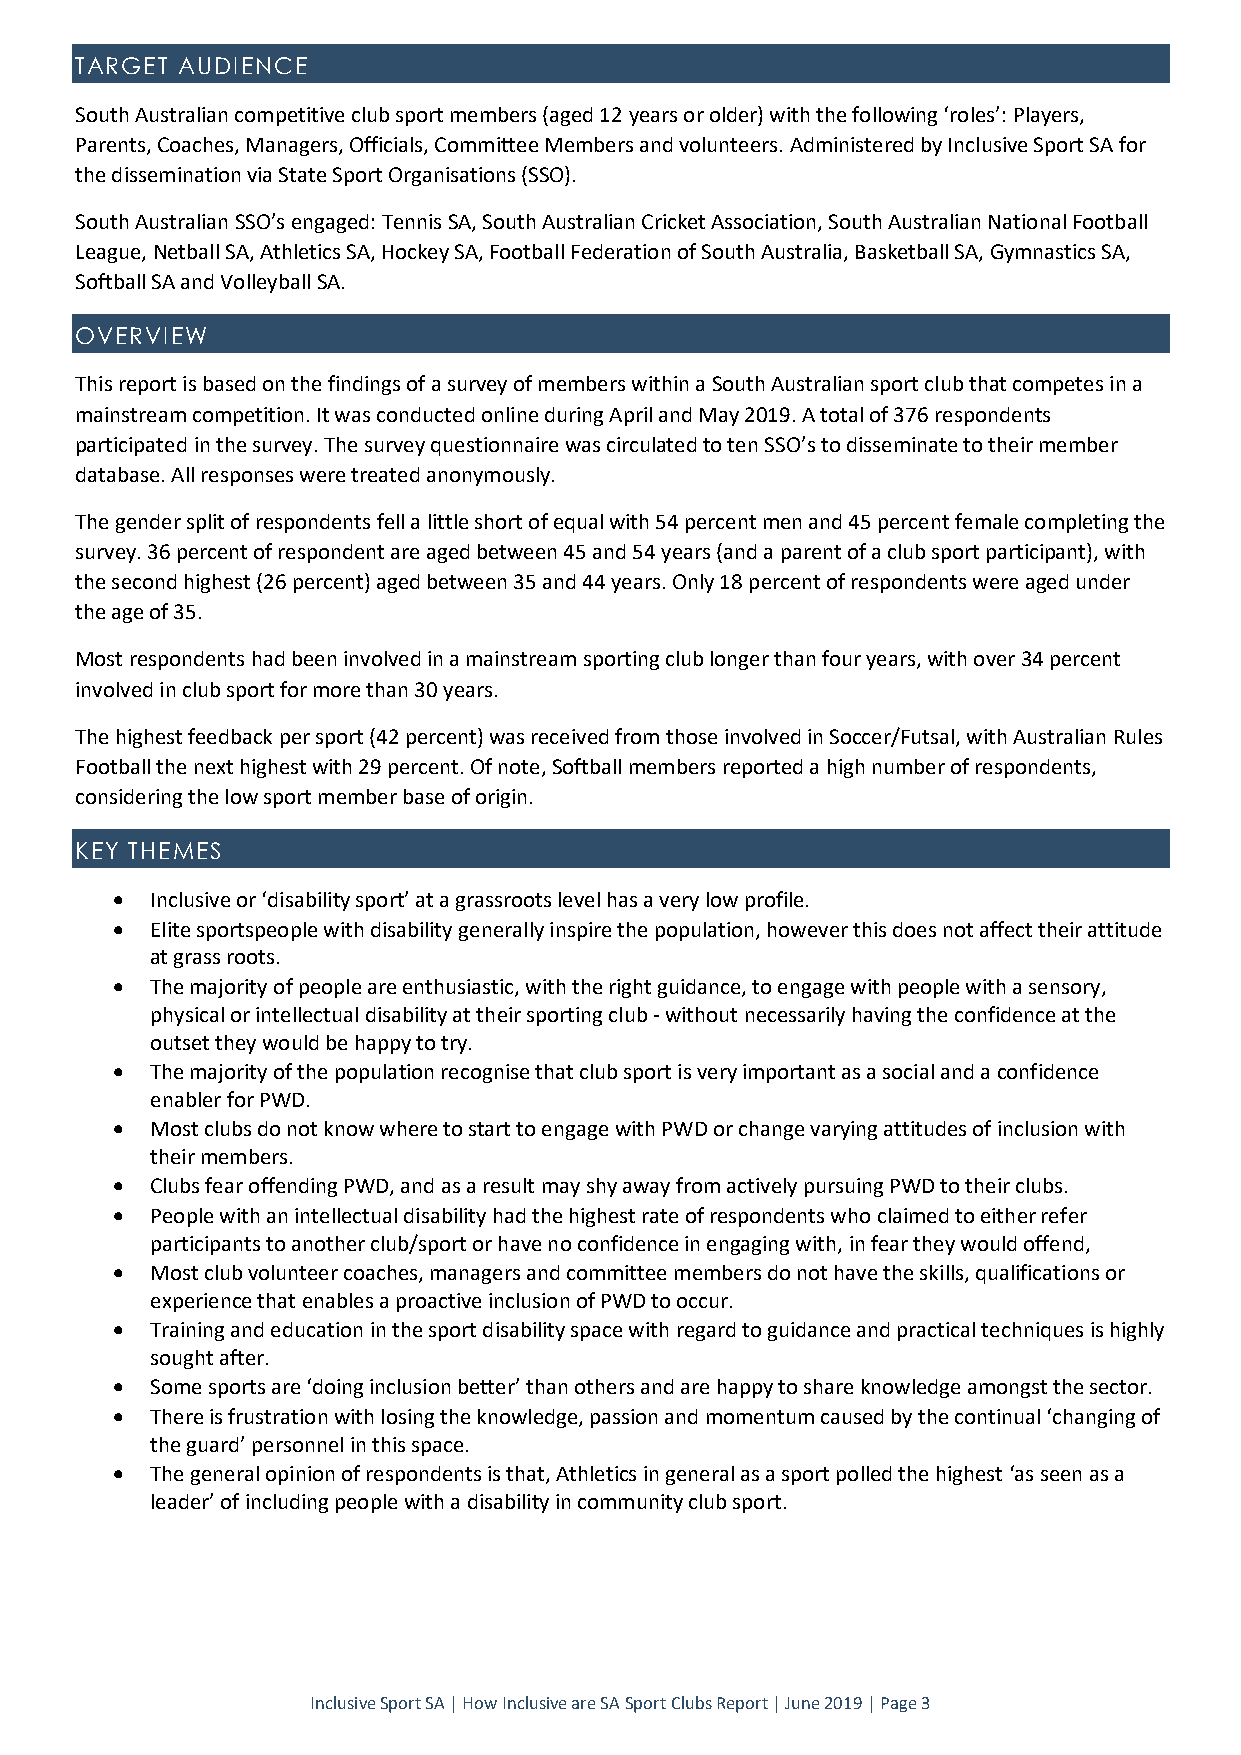
TARGET AUDIENCE
 South Australian competitive club sport members (aged 12 years or older) with the following ‘roles’: Players,
 Parents, Coaches, Managers, Officials, Committee Members and volunteers. Administered by Inclusive Sport SA for
 the dissemination via State Sport Organisations (SSO).
 South Australian SSO’s engaged: Tennis SA, South Australian Cricket Association, South Australian National Football
 League, Netball SA, Athletics SA, Hockey SA, Football Federation of South Australia, Basketball SA, Gymnastics SA,
 Softball SA and Volleyball SA.
 OVERVIEW
 This report is based on the findings of a survey of members within a South Australian sport club that competes in a
 mainstream competition. It was conducted online during April and May 2019. A total of 376 respondents
 participated in the survey. The survey questionnaire was circulated to ten SSO’s to disseminate to their member
 database. All responses were treated anonymously.
 The gender split of respondents fell a little short of equal with 54 percent men and 45 percent female completing the
 survey. 36 percent of respondent are aged between 45 and 54 years (and a parent of a club sport participant), with
 the second highest (26 percent) aged between 35 and 44 years. Only 18 percent of respondents were aged under
 the age of 35.
 Most respondents had been involved in a mainstream sporting club longer than four years, with over 34 percent
 involved in club sport for more than 30 years.
 The highest feedback per sport (42 percent) was received from those involved in Soccer/Futsal, with Australian Rules
 Football the next highest with 29 percent. Of note, Softball members reported a high number of respondents,
 considering the low sport member base of origin.
 KEY THEMES
   Inclusive or ‘disability sport’ at a grassroots level has a very low profile.
   Elite sportspeople with disability generally inspire the population, however this does not affect their attitude
 at grass roots.
   The majority of people are enthusiastic, with the right guidance, to engage with people with a sensory,
 physical or intellectual disability at their sporting club - without necessarily having the confidence at the
 outset they would be happy to try.
   The majority of the population recognise that club sport is very important as a social and a confidence
 enabler for PWD.
   Most clubs do not know where to start to engage with PWD or change varying attitudes of inclusion with
 their members.
   Clubs fear offending PWD, and as a result may shy away from actively pursuing PWD to their clubs.
   People with an intellectual disability had the highest rate of respondents who claimed to either refer
 participants to another club/sport or have no confidence in engaging with, in fear they would offend,
   Most club volunteer coaches, managers and committee members do not have the skills, qualifications or
 experience that enables a proactive inclusion of PWD to occur.
   Training and education in the sport disability space with regard to guidance and practical techniques is highly
 sought after.
   Some sports are ‘doing inclusion better’ than others and are happy to share knowledge amongst the sector.
   There is frustration with losing the knowledge, passion and momentum caused by the continual ‘changing of
 the guard’ personnel in this space.
   The general opinion of respondents is that, Athletics in general as a sport polled the highest ‘as seen as a
 leader’ of including people with a disability in community club sport.
 Inclusive Sport SA | How Inclusive are SA Sport Clubs Report | June 2019 | Page 3